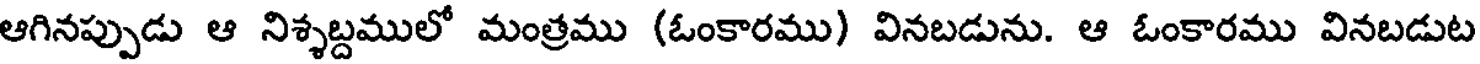
ఆగినప్పుడు ఆ నిశ్శబ్దములో మంత్రము (ఓంకారము) వినబడును. ఆ ఓంకారము వినబడుట